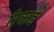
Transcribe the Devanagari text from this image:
रिकर्ड